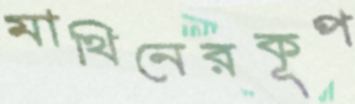
মাথিনেরকূপ